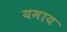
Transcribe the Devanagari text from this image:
यमाय